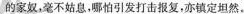
的家奴，毫不姑息，哪怕引发打击报复，亦镇定坦然